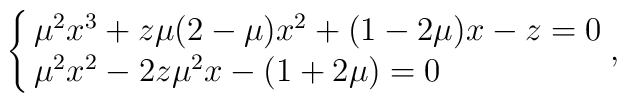
\cases{{\mu}^2x^3+z\mu(2-\mu)x^2+(1-2\mu)x-z=0\cr{\mu}^2x^2-2z{\mu}^2x-(1+2\mu)=0\cr} ,